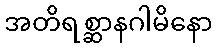
အတိရစ္ဆာနဂါမိနော